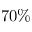
7 0 \%